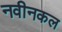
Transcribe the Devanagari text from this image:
नवीनकल